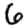
Digit: 6